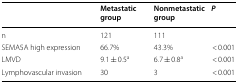
<table><thead><tr><td></td><td><b>Metastatic group</b></td><td><b>Nonmetastatic group</b></td><td><b><i>P</i></b></td></tr></thead><tbody><tr><td>n</td><td>121</td><td>111</td><td></td></tr><tr><td>SEMA5A high expression</td><td>66.7%</td><td>43.3%</td><td>&lt; 0.001</td></tr><tr><td>LMVD</td><td>9.1 ± 0.5<sup>a</sup></td><td>6.7 ± 0.8<sup>a</sup></td><td>&lt; 0.001</td></tr><tr><td>Lymphovascular invasion</td><td>30</td><td>3</td><td>&lt; 0.001</td></tr></tbody></table>